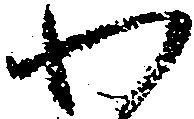
わ